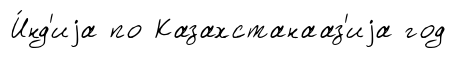
И́нд'иjа по Казахстанааз'иjа год